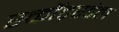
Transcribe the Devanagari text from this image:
स्कॉट्स्डेल